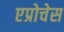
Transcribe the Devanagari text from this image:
एप्रोचेस